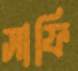
সাফি